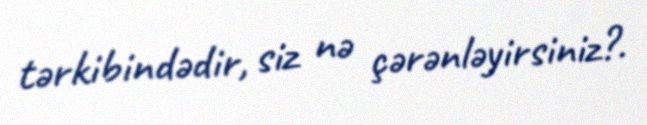
tərkibindədir, siz nə çərənləyirsiniz?.